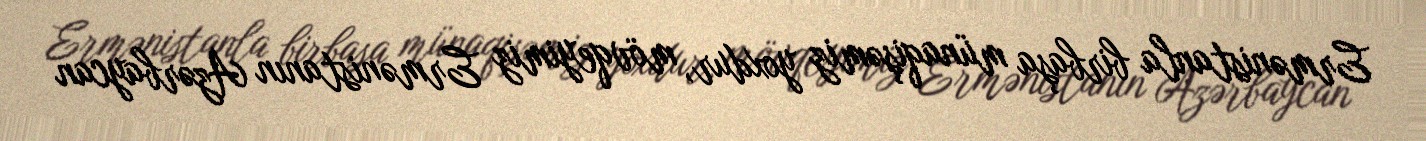
Ermənistanla birbaşa münaqişəmiz yoxdur, mövqeyimiz Ermənistanın Azərbaycan